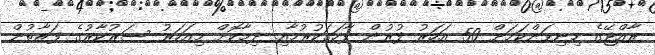
ރާއްޖޭގެ މިނިވަންކަމަށް 50 އަހަރު ފުރުން ފާހަގަކުރުމާއި ދިމާކޮށް މިއަހަރު ސަރުކާރުގެ ފަރާތުން